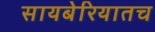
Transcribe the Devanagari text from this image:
सायबेरियातच